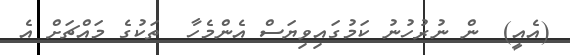
(އެއީ)  ން ނުރުހުނު ކަމުގައިވިޔަސް އެންމެހާ  ތަކުގެ މައްޗަށް އެ